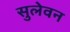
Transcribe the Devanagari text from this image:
सुलेवन